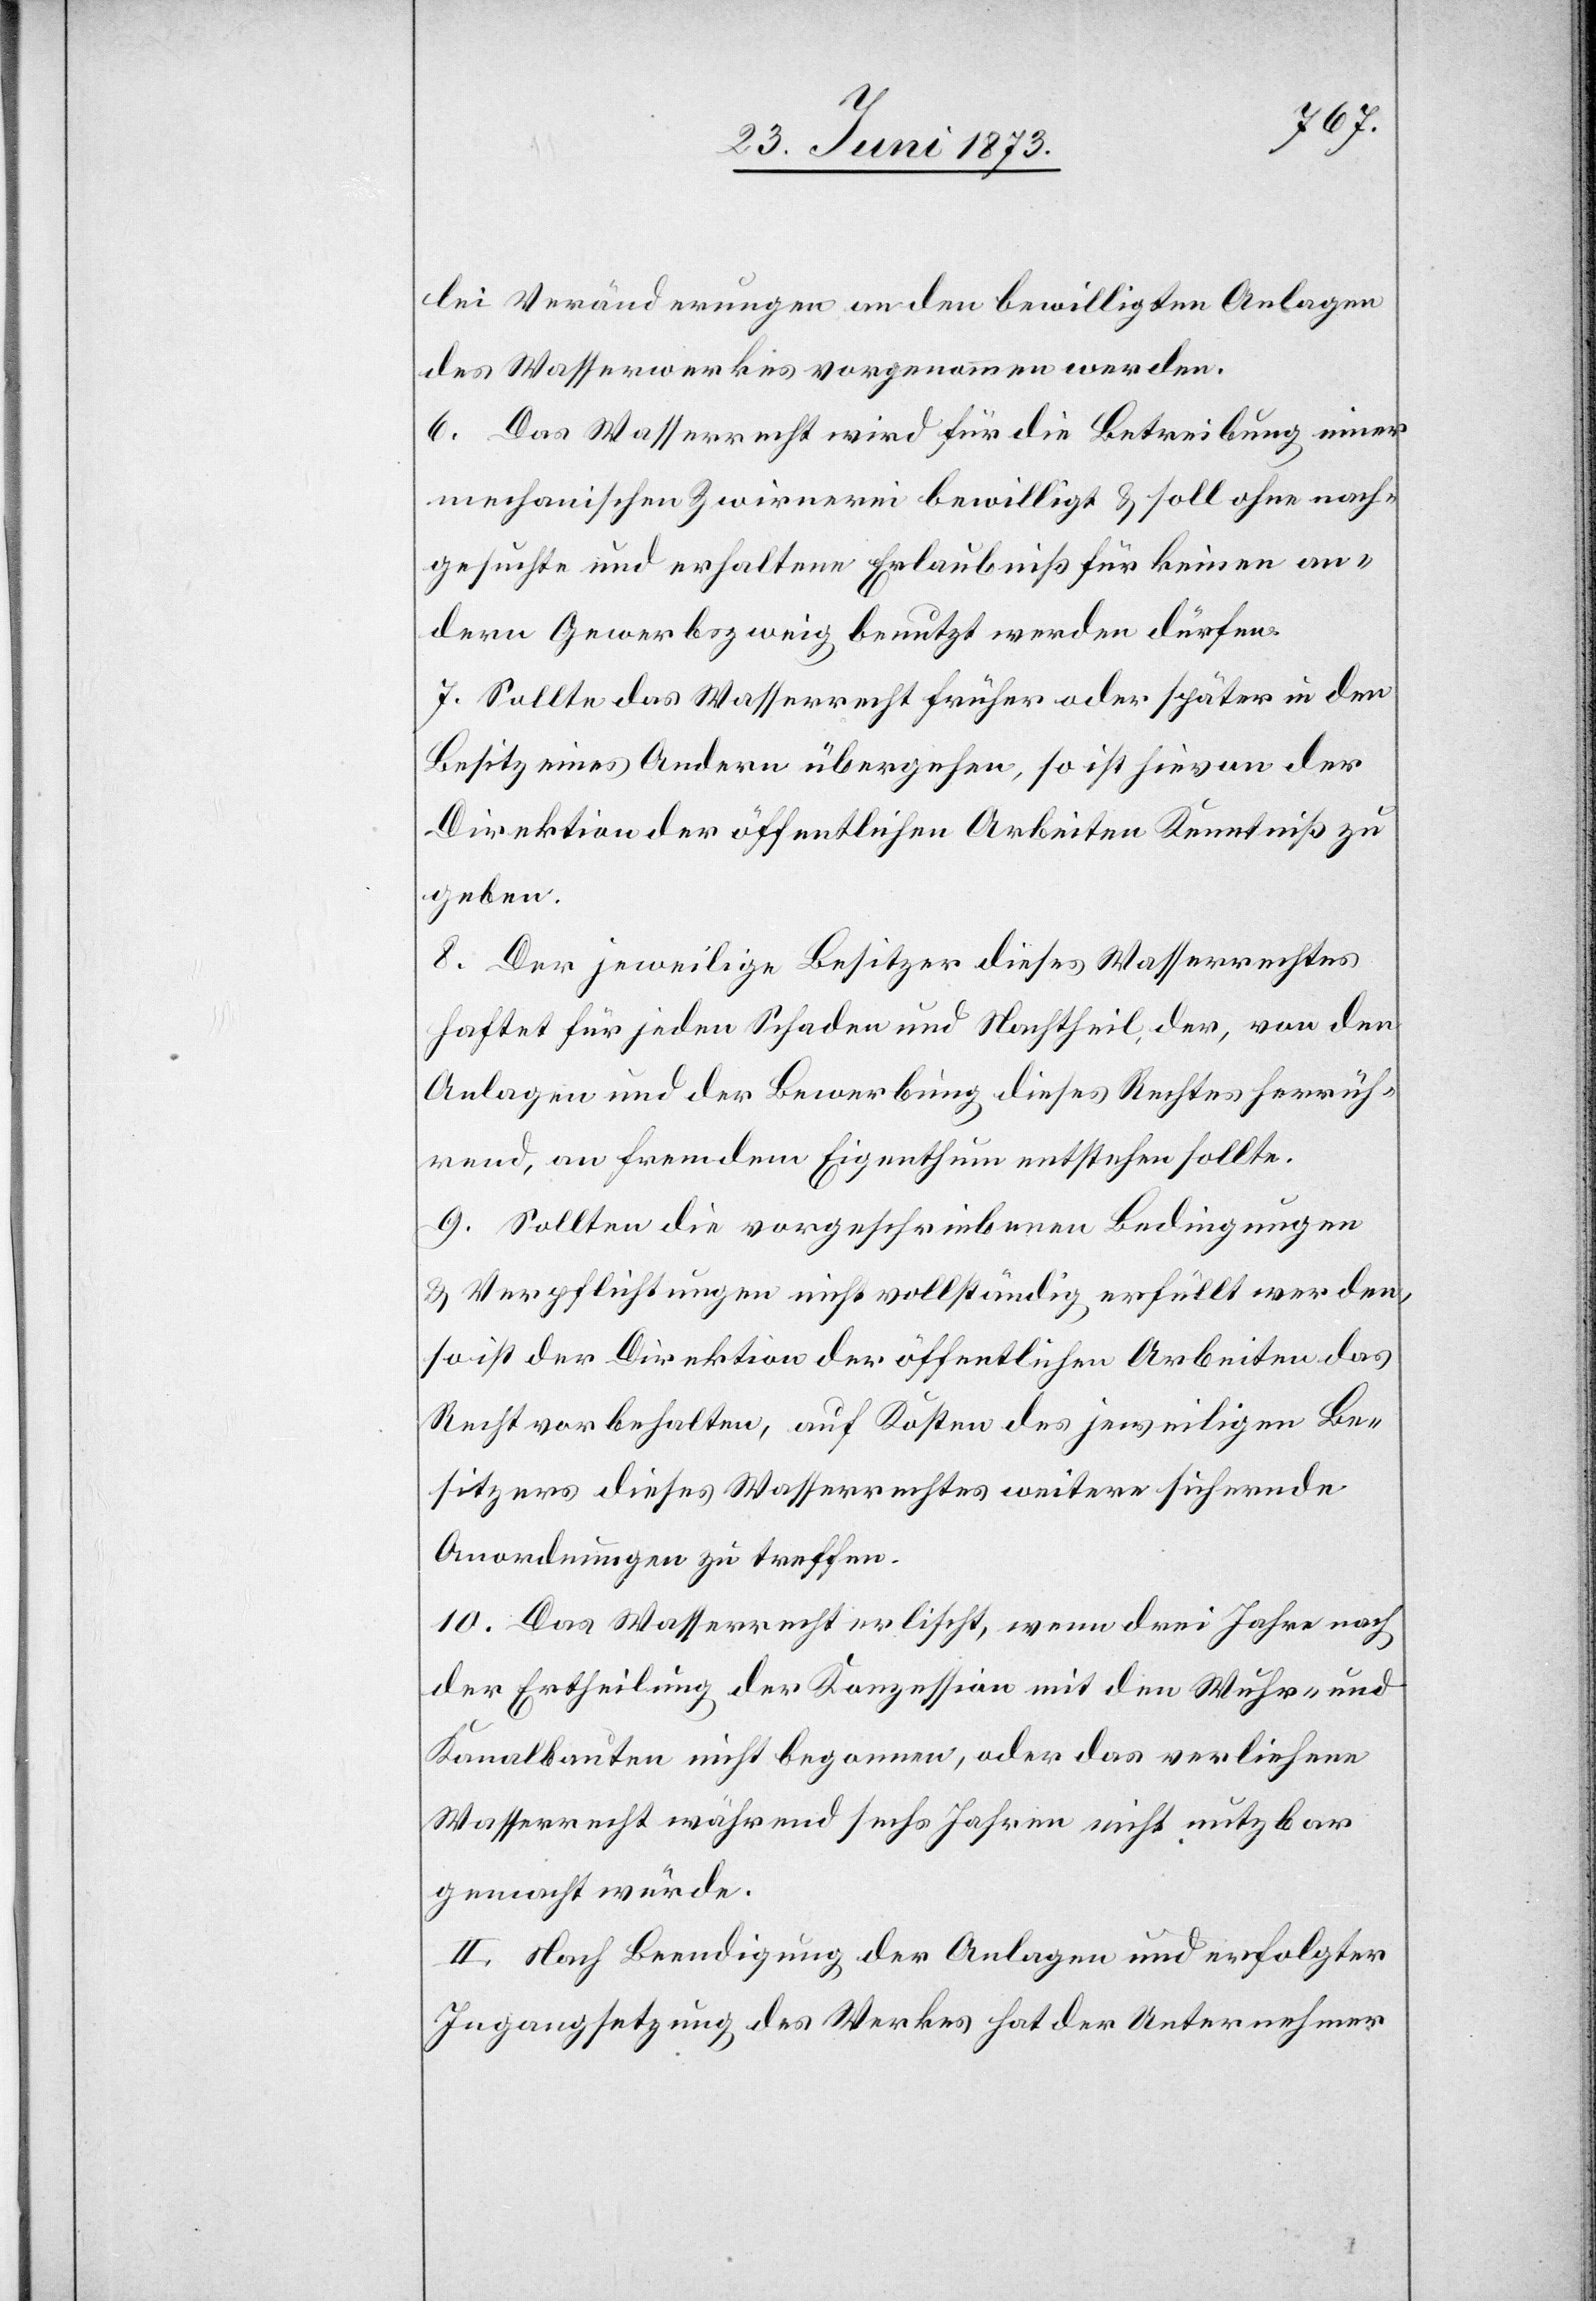
lei Veränderungen an den bewilligten Anlagen
des Wasserwerkes vorgenommen werden.
6. Das Wasserrecht wird für die Betreibung einer
mechanischen Zwirnerei bewilligt & soll ohne nach¬
gesuchte und erhaltene Erlaubniß für keinen an¬
dern Gewerbszweig benutzt werden dürfen.
7. Sollte das Wasserrecht früher oder später in den
Besitz eines Andern übergehe, so ist hievon der
Direktion der öffentlichen Arbeiten Kenntniß zu
geben.
8. Der jeweilige Besitzer dieses Wasserrechtes
haftet für jeden Schaden und Nachtheil, der, von den
Anlagen und der Bewerbung dieses Rechtes herrüh¬
rend, an fremdem Eigenthum entstehen sollte.
9. Sollten die vorgeschriebenen Bedingungen
& Verpflichtungen nicht vollständig erfüllt werden,
so ist der Direktion der öffentlichen Arbeiten das
Recht vorbehalten, auf Kosten des jeweiligen Be¬
sitzers dieses Wasserrechtes weitere sichernde
Anordnungen zu treffen.
10. Das Wasserrecht erlischt, wenn drei Jahre nach
der Ertheilung der Konzession mit den Wuhr- und
Kanalbauten nicht begonnen, oder das verliehene
Wasserrecht während sechs Jahren nicht nutzbar
gemacht würde.
II. Nach Beendigung der Anlagen und erfolgter
Ingangsetzung des Werkes hat der Unternehmer